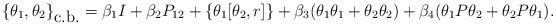
LaTeX: \begin{align*}\{\theta_1,\theta_2\}_{\mbox{c.b.}}=\beta_1I+\beta_2P_{12}+\left\{\theta_1[\theta_2, r]\right\}+\beta_3(\theta_1\theta_1+\theta_2\theta_2)+\beta_4(\theta_1P\theta_2+\theta_2P\theta_1).\end{align*}